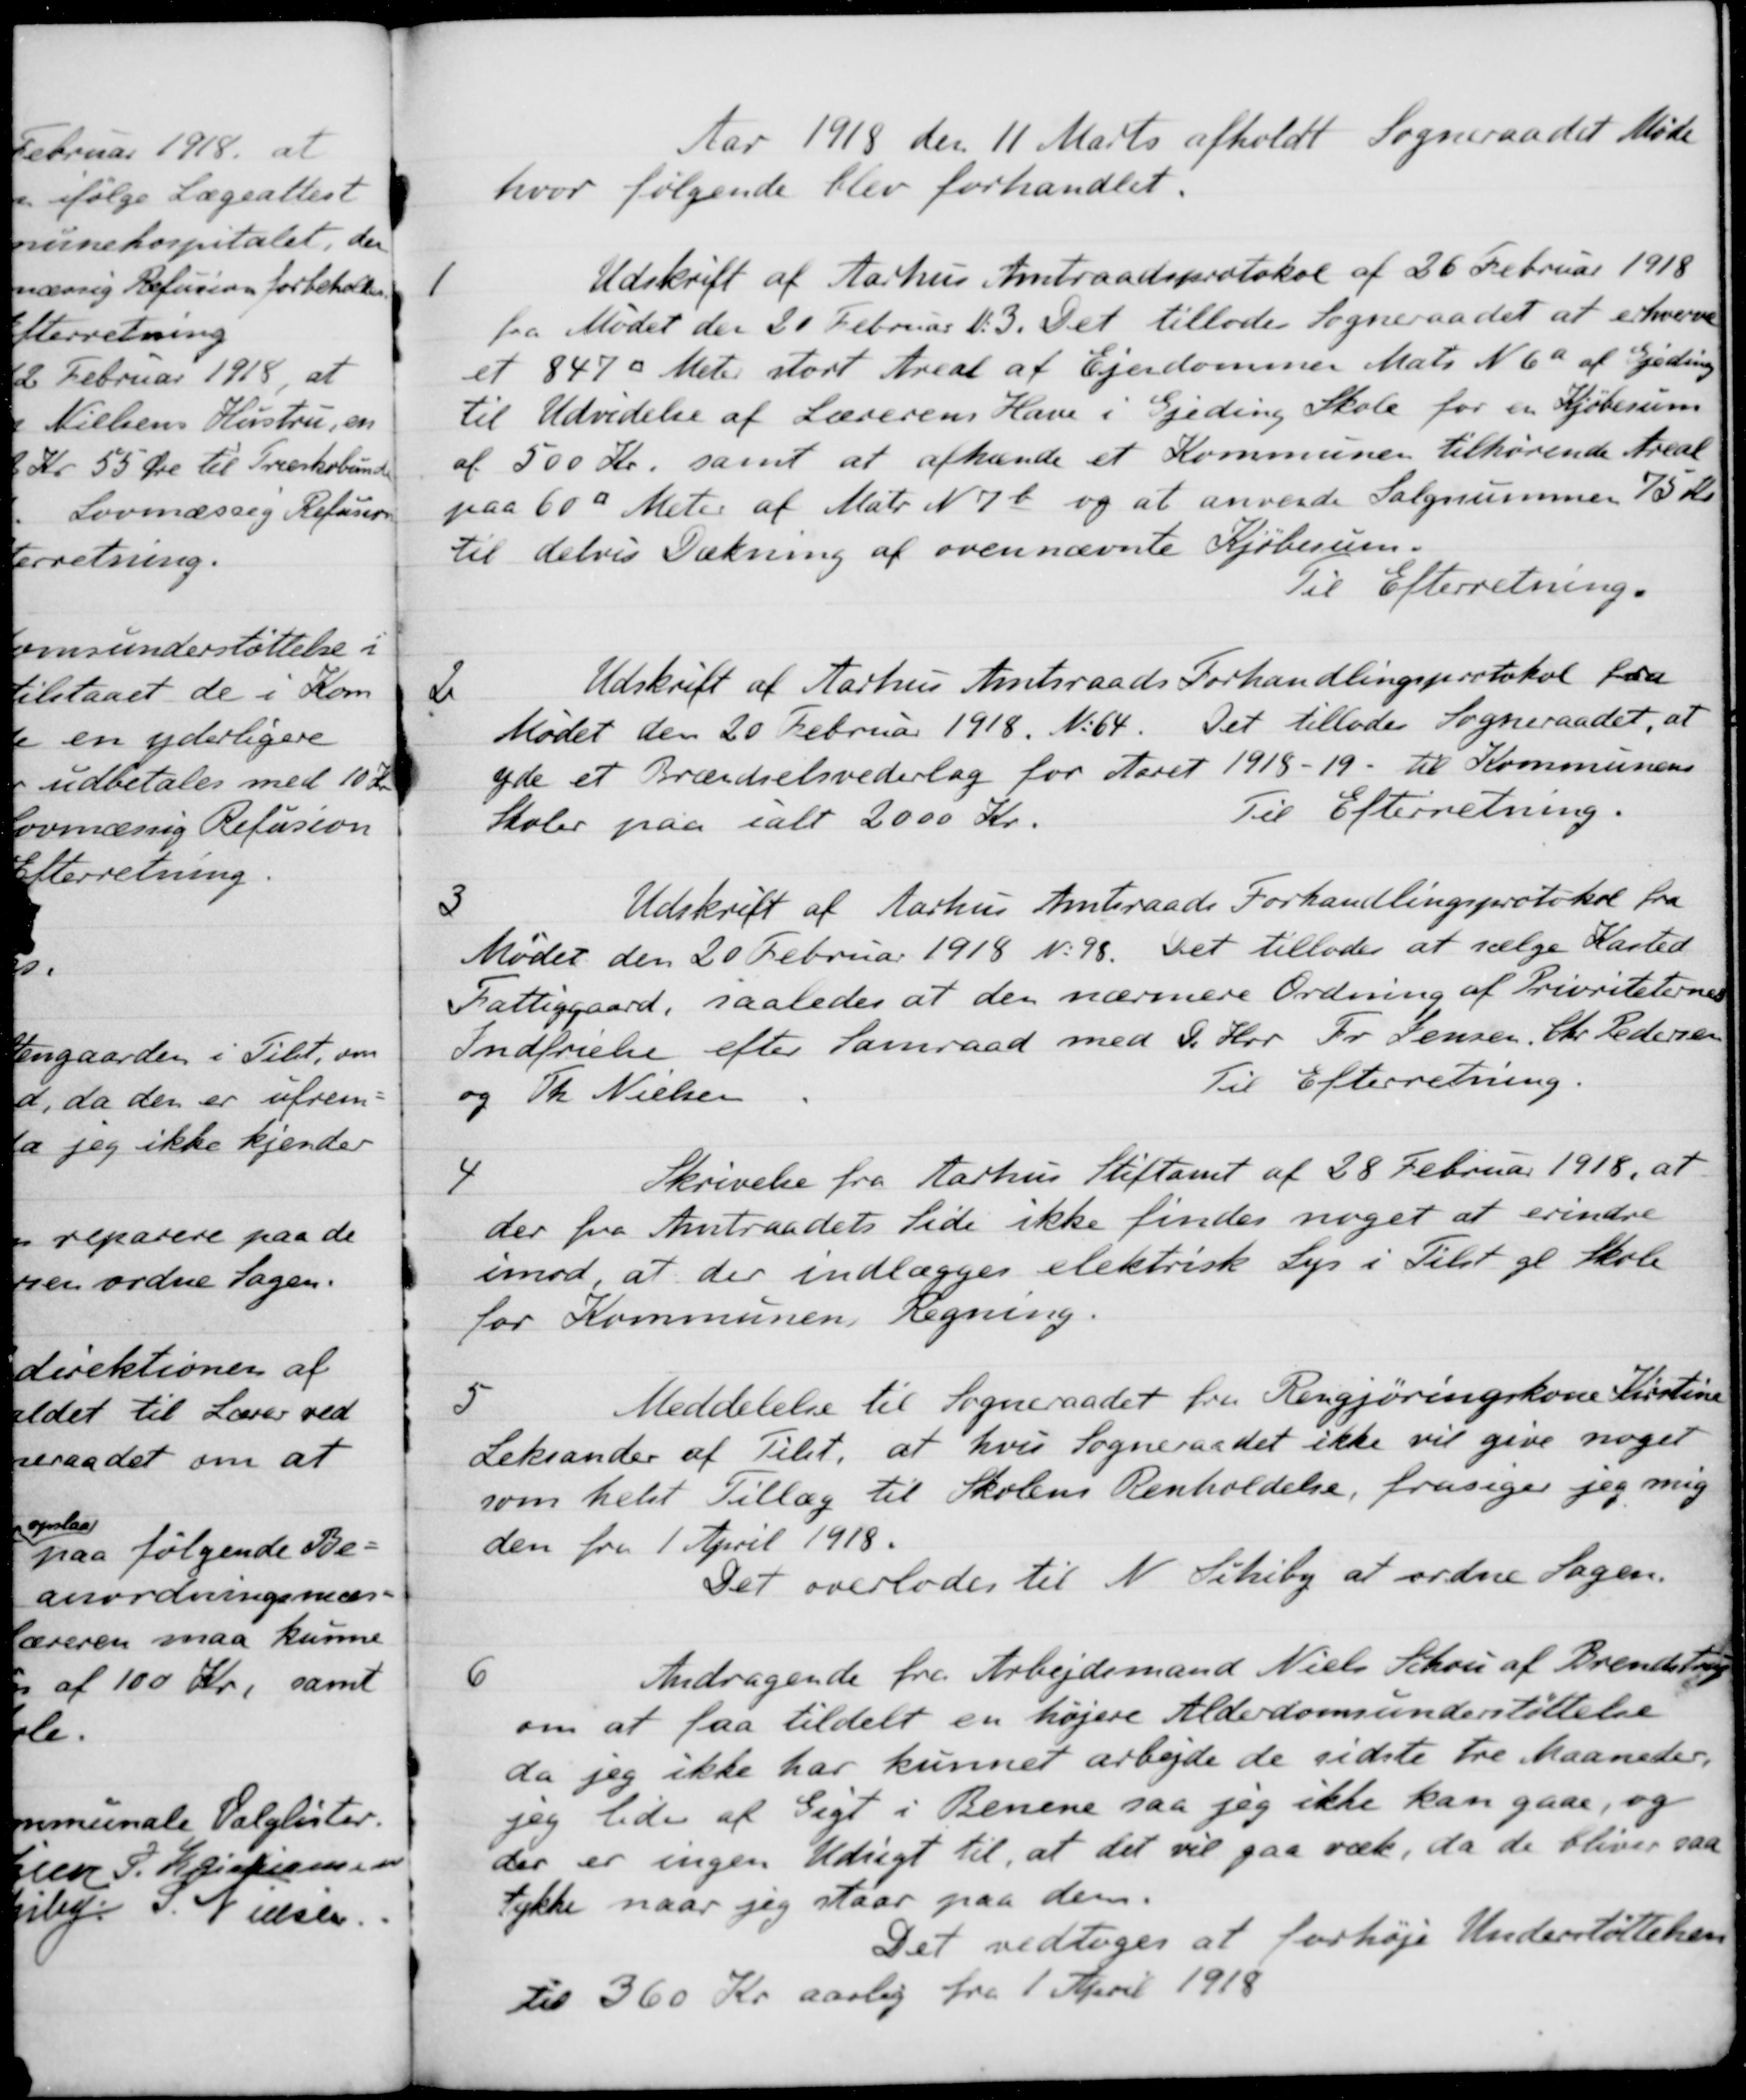
Transskription:
Aar 1918 den 11 Marts afholdt Sogneraadet Møde
hvor følgende blev forhandlet.
1
Udskrift af Aarhus Amtraadsprotokol af 26 Februar 1918
fra Mødet den 20 Februar d. 3. Det tillodes Sogneraadet at erhverve
et 847 kv.Meter stort Areal af Ejendommer Matr. N 6a af Gjedning
til Udvidelse af Lærerens Have i Gjeding Skole for en Kjøbesum
af 500 Kr, samt at afhænde et Kommunen tilhørende Areal
paa 60 kvMeter af Matr. N 7b og at anvende Salgssummen 75 Kr.
til delvis Dækning af ovennævnte Kjøbesum.
Til Efterretning.
2
Udskrift af Aarhus Amtsraads Forhandlingsprotokol fra
Mødet den 20 Februar 1918. No 64. Det tillades Sogneraadet, at
yde et Brændselsvederlag for Aaret 1918-19 til Kommunens
Skoler paa ialt 2000 Kr.
Til Efterretning.
3
Udskrift af Aarhus Amtsraads Forhandlingsprotokol fra
Mødet den 20 Februar 1918 N. 98. Det tillodes at sælge Kasted
Fattiggaard, saaledes at den nærmere Ordning af Prioriteternes
Indfrielse efter Samraad med De Hr. Fr. Jensen, Chr. Pedersen
og Th. Nielsen
Til Efterretning.
4
Skrivelse fra Aarhus Stiftamt af 28 Februar 1918, at
der fra Amtraadets Side ikke findes noget at erindre
imod at der indlægges elektrisk Lys i Tilst gl Skole
for Kommunens Regning.
5
Meddelelse til Sogneraadet fra Rengjøringskone Kirstine
Leksander af Tilet, at hvis Sogneraadet ikke vil give noget
som helst Tillæg til Skolens Renholdelse, frasiger jeg mig
den fra 1 April 1918.
Det overlodes til N. Schiby at ordne Sagen.
6
Andragende fra Arbejdsmand Niels Schou af Brendstrup
om at faa tildelt en højere Alderdomsunderstøttelse
da jeg ikke har kunnet arbejde de sidste tre Maaneder,
jeg lider af Gigt i Benene saa jeg ikke kan gaae, og
der er ingen Udsigt til, at det vil gaa væk, da de bliver saa
tykke naar jeg staar paa dem.
Det vedtoges at forhøje Understøttelsen
til 360 Kr aarlig fra 1 April 1918